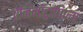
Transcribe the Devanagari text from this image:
ऐनिमॉट्रापिज्म